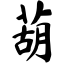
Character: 葫